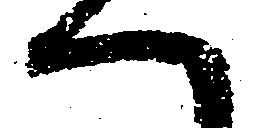
へ